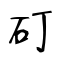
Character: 矴